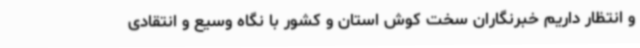
و انتظار داریم خبرنگاران سخت کوش استان و کشور با نگاه وسیع و انتقادی